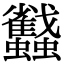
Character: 蠽